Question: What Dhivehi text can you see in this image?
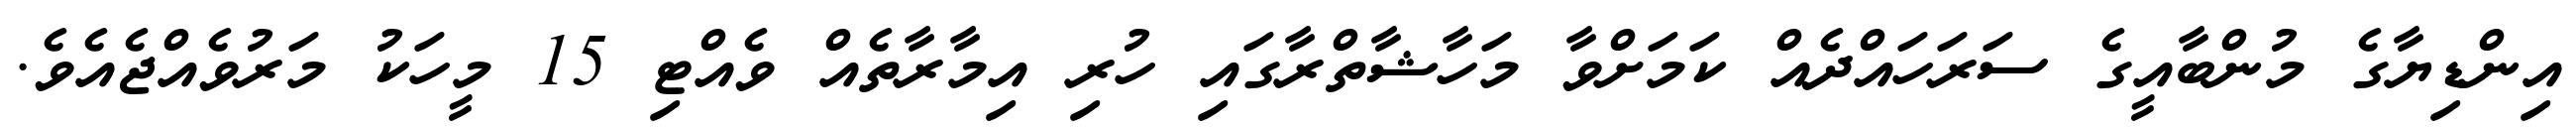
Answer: އިންޑިޔާގެ މުންބާއީގެ ސަރަހައްދެއް ކަމަށްވާ މަހާޝާތްރާގައި ހުރި އިމާރާތެއް ވެއްޓި 15 މީހަކު މަރުވެއްޖެއެވެ.